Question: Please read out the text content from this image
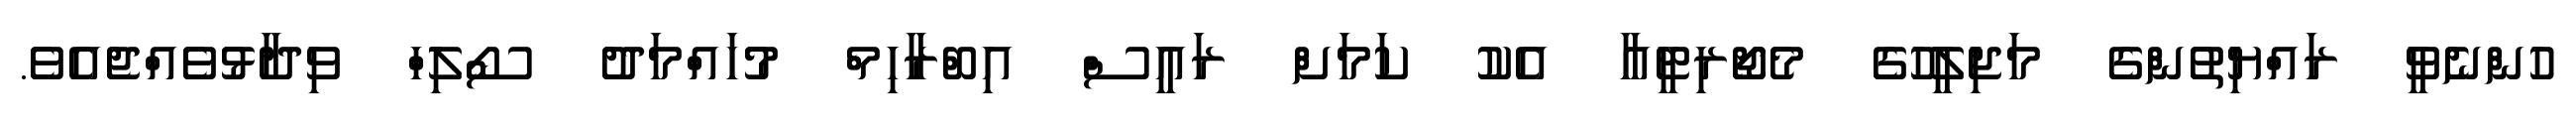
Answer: ހުންނެވީ ރައްޔިތުންގެ މަޖިލީހުގެ މެޖޯރިޓީއާ އެކު ކަމަށް ރައީސް އިބްރާހިމް މުހައްމަދު ސޯލިހް ވިދާޅުވެއްޖެއެވެ.